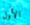
الأول